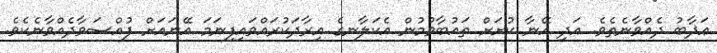
ޢަޛާބު ދެއްވާނެތެވެ. އަދި އޭނާ ކުށަށް ތައުބާވުމުން އެކަލާނގެ އިރާދަކުރައްވައިފިނަމަ އޭނައަށް ފުއްސަވާދެއްވާނެކެވެ.